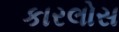
કારલોસ